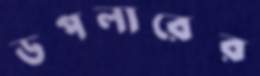
ডপলারের